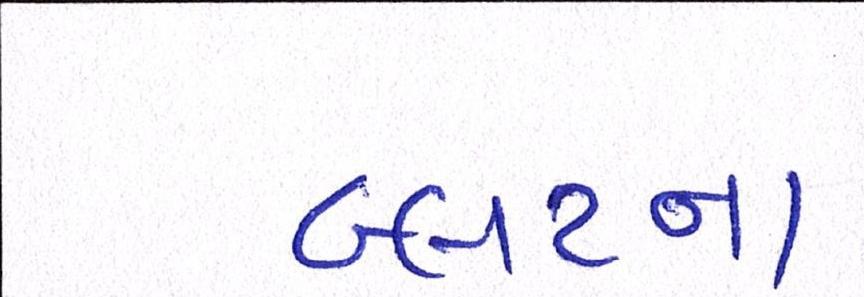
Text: બ્લડના